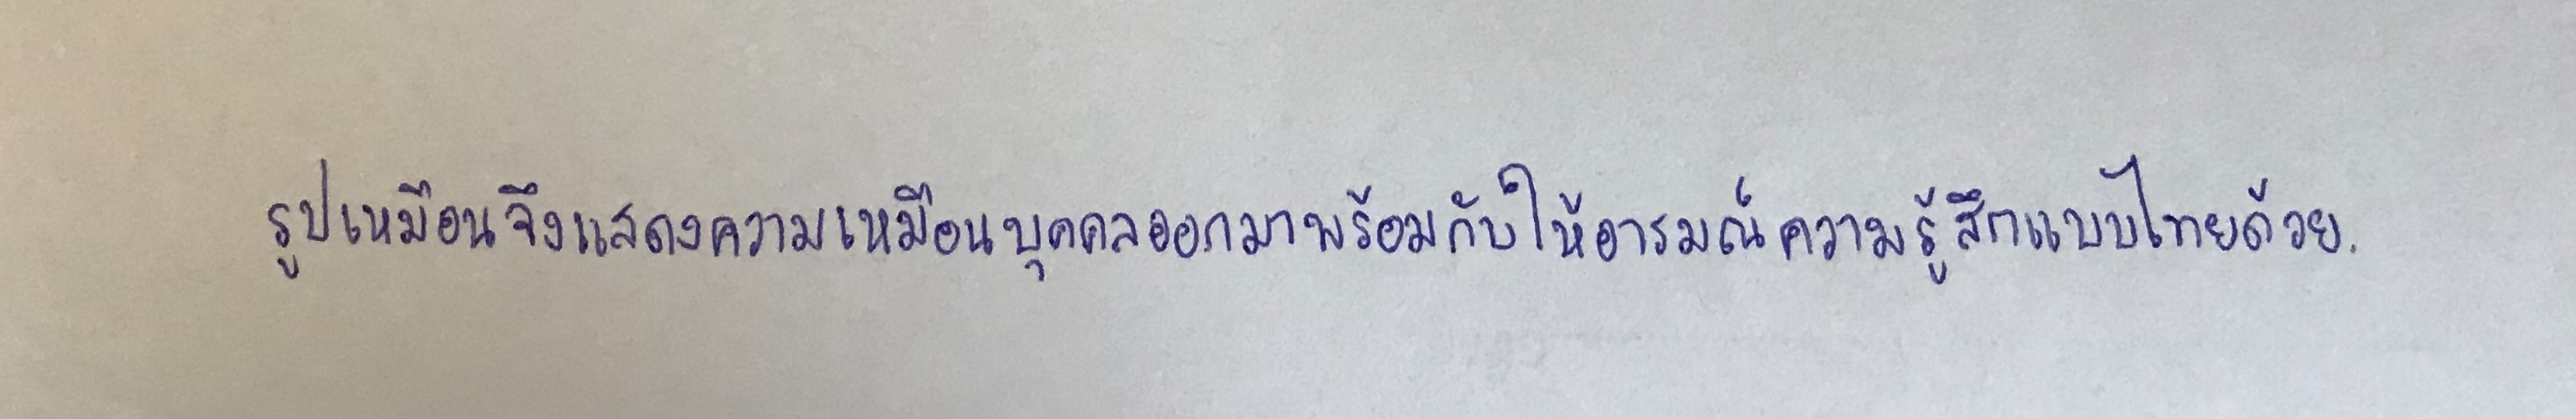
รูปเหมือนจึงแสดงความเหมือนบุคคลออกมาพร้อมกับให้อารมณ์ความรู้สึกแบบไทยด้วย